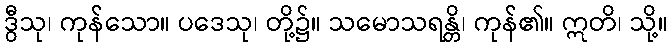
ဒွီသု၊ ကုန်သော။ ပဒေသု၊ တို့၌။ သမောသရန္တိ၊ ကုန်၏။ ဣတိ၊ သို့။